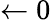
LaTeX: \leftarrow 0